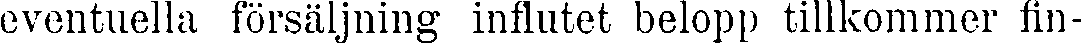
eventuella försäljning influtet belopp tillkommer fin-